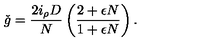
\check { g } = \frac { 2 i _ { \rho } D } { N } \left( \frac { 2 + \epsilon N } { 1 + \epsilon N } \right) .